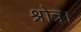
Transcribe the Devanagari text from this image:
श्रोत्र।